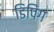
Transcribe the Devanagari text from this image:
डिपिंग